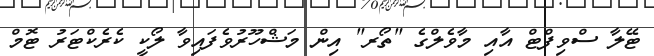
ޓޭލާ ސްވިފްޓް އާއި މާވެލްގެ "ތޯރ" އިން މަޝްހޫރުވެފައިވާ ލޯކީ ކެރެކްޓަރު ޓޮމް